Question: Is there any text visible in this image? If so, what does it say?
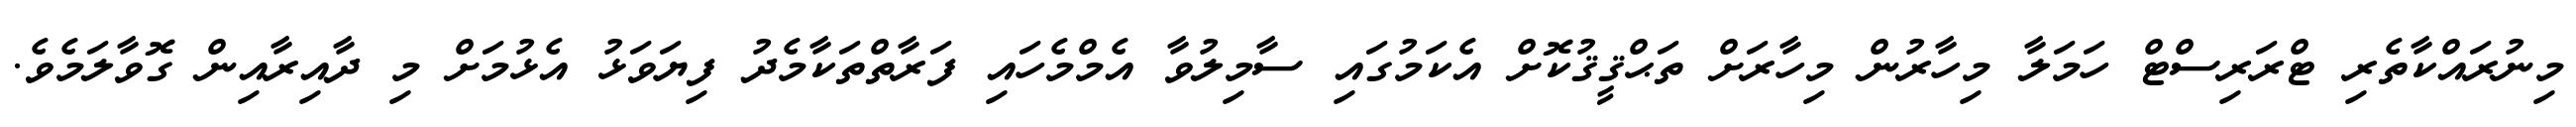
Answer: މިނުރައްކާތެރި ޓްރަރިސްޓް ހަމަލާ މިހާރުން މިހާރަށް ތަޙްޤީޤުކޮށް އެކަމުގައި ސާމިލުވާ އެމްމެހައި ފަރާތްތަކާމެދު ފިޔަވަޅު އެޅުމަށް މި ދާއިރާއިން ގޮވާލަމެވެ.